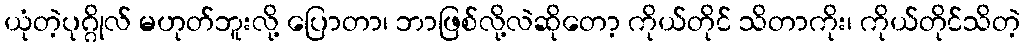
ယုံတဲ့ပုဂ္ဂိုလ် မဟုတ်ဘူးလို့ ပြောတာ၊ ဘာဖြစ်လို့လဲဆိုတော့ ကိုယ်တိုင် သိတာကိုး၊ ကိုယ်တိုင်သိတဲ့